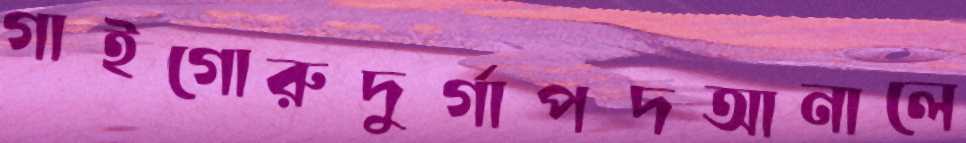
গাইগোরুদুর্গাপদআনালে